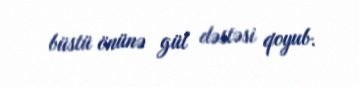
büstü önünə gül dəstəsi qoyub.